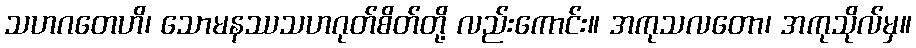
သဟဂတေဟိ၊ သောမနဿသဟဂုတ်စိတ်တို့ လည်းကောင်း။ အကုသလတော၊ အကုသိုလ်မှ။